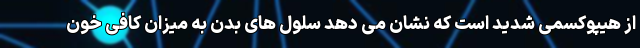
از هیپوکسمی شدید است که نشان می دهد سلول های بدن به میزان کافی خون